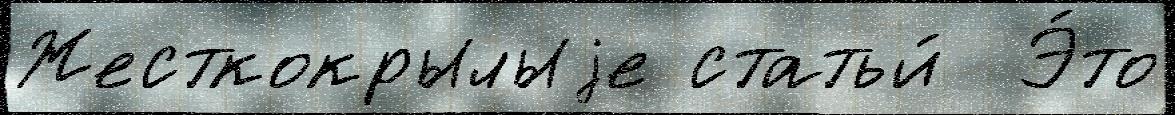
Жесткокрылыjе статьи́  Э́то